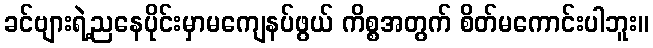
ခင်ဗျားရဲ့ညနေပိုင်းမှာမကျေနပ်ဖွယ် ကိစ္စအတွက် စိတ်မကောင်းပါဘူး။